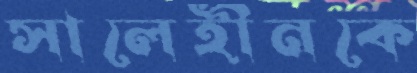
সালেহীনকে